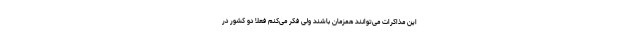
این مذاکرات می‌توانند همزمان باشند ولی فکر می‌کنم فعلا دو کشور در